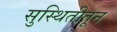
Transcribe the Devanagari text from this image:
सुस्थितीतून